Annual administration report of the Civil Veterinary Department of India - 1907-1908
Year: 1907
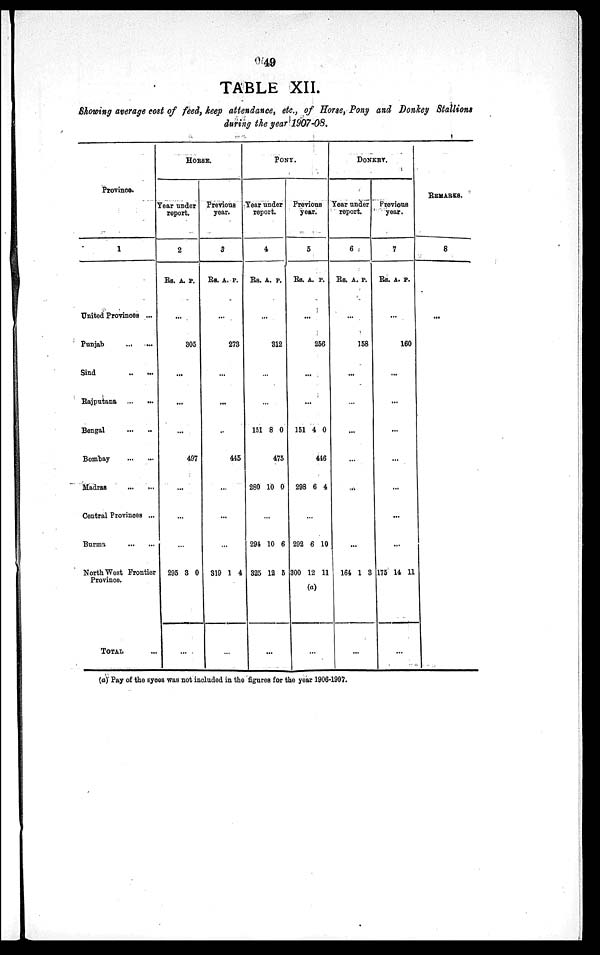
49
TABLE XII.
Showing average cost of feed, keep attendance, etc., of Horse, Pony and Donkey Stallions
during the year 1907-08.
Province.
1
United Provinces ...
Punjab ... ...
Sind
...
...
Rajputana
...
...
Bengal
...
...
Bombay
...
...
Madras
...
...
Central Provinces ...
Burma
...
...
North West Frontier
Province.
TOTAL ...
HORSE.
Year under
report.
2
Rs.
295
A.
...
...
...
...
...
...
...
3
...
P.
305
497
0
Previous
year.
3
Rs.
...
...
319
...
A.
...
...
...
...
...
1
P.
273
445
4
PONY.
Year under
report.
4
Rs.
...
151
280
294
325
A.
...
...
8
10
...
10
12
...
P.
312
0
475
0
6
5
Previous
year.
5
Rs.
...
151
298
292
300
...
A.
...
...
...
4
6
...
6
12
(a)
P.
256
0
446
4
10
11
DONKEY.
Year under
report.
6
Rs.
164
...
A.
...
...
...
...
...
...
1
P.
158
3
Previous
year.
7
Rs.
175
A.
...
...
...
...
...
...
...
...
14
...
P.
160
11
REMARKS.
8
...
(a) Pay of the syces was not included in the figures for the year 1906-1907.